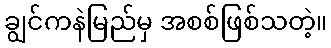
ချွင်ကနဲမြည်မှ အစစ်ဖြစ်သတဲ့။